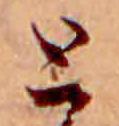
と